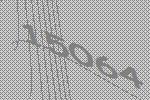
15064